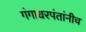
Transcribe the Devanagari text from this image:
गंगाधरपंतांनीच